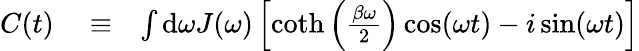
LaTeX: \begin{array}{rlr}{C(t)}&{{}\equiv}&{\int\textrm{d}\omega J(\omega)\left[\coth\left(\frac{\beta\omega}{2}\right)\cos(\omega t)-i\sin(\omega t)\right]}\end{array}